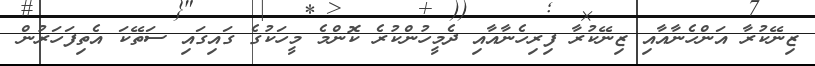
ޒިނޭކުރާ އަންހެނާއާއި ޒިނޭކުރާ ފިރިހެނާއާއި ދެމީހުންކުރެ ކޮންމެ މީހަކުގެ ގައިގައި ސަތޭކަ އެތިފަހަރުން